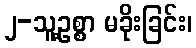
၂-သူ့ဥစ္စာ မခိုးခြင်း၊